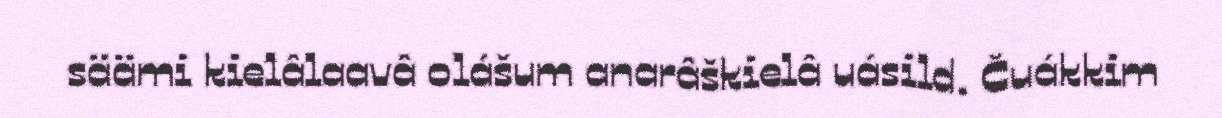
säämi kielâlaavâ olášum anarâškielâ uásild. Čuákkim